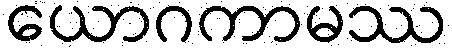
ယောဂကာမဿ